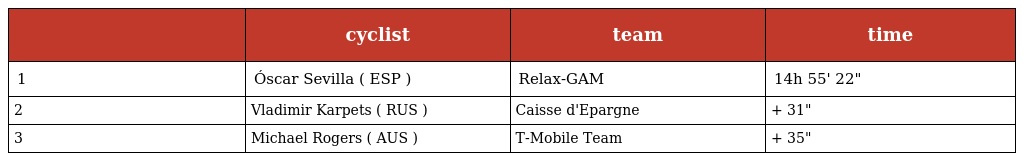
|  | cyclist | team | time |
 | --- | --- | --- | --- |
 | 1 | Óscar Sevilla ( ESP ) | Relax-GAM | 14h 55' 22" |
 | 2 | Vladimir Karpets ( RUS ) | Caisse d'Epargne | + 31" |
 | 3 | Michael Rogers ( AUS ) | T-Mobile Team | + 35" |